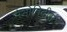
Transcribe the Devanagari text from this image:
मैभोनिदीस